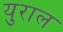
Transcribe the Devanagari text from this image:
युराल